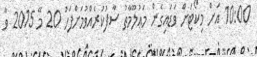
10:00 އަށް މިކޯޓަށް ވަޑައިގެން މަޢުލޫމާތު ސާފުކުރެއްވުމަށްފަހު 20 މޭ 2015 ވާ